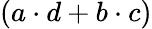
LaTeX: (a\cdot d+b\cdot c)